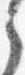
之